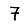
Digit: 7